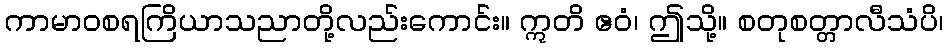
ကာမာဝစရကြိယာသညာတို့လည်းကောင်း။ ဣတိ ဧဝံ၊ ဤသို့။ စတုစတ္တာလီသံပိ၊